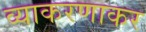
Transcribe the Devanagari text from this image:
व्याकरणाकर